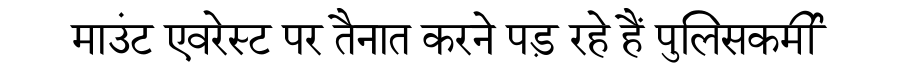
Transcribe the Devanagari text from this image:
माउंट एवरेस्ट पर तैनात करने पड़ रहे हैं पुलिसकर्मी